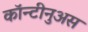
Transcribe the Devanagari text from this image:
कॉन्टीनुअस